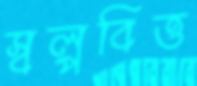
স্বল্পবিত্ত